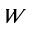
W